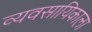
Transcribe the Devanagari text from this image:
व्यवसायिकाला